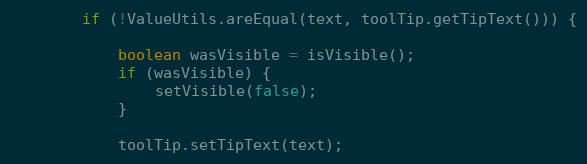
Language: Java
        if (!ValueUtils.areEqual(text, toolTip.getTipText())) {

            boolean wasVisible = isVisible();
            if (wasVisible) {
                setVisible(false);
            }

            toolTip.setTipText(text);